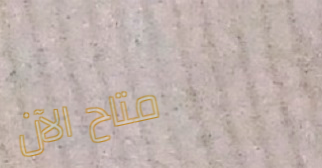
متاح الآن